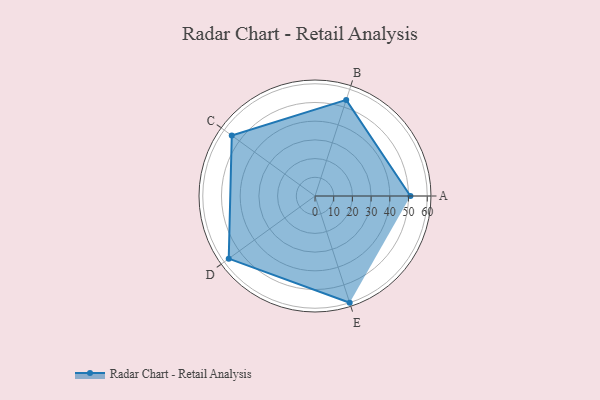
{"axis": {"x": "Skill", "y": "Score"}, "legend": ["Profile"], "data": [{"x": "A", "y": 51.0, "type": "Profile"}, {"x": "B", "y": 54.0, "type": "Profile"}, {"x": "C", "y": 55.0, "type": "Profile"}, {"x": "D", "y": 57.0, "type": "Profile"}, {"x": "E", "y": 60.0, "type": "Profile"}]}